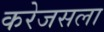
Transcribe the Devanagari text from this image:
करेजसला